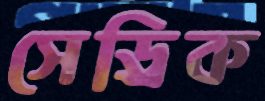
সেড্রিক